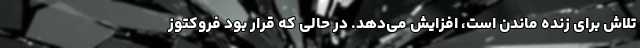
تلاش برای زنده ماندن است، افزایش می‌دهد. در حالی که قرار بود فروکتوز